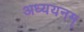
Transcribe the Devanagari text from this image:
अध्ययनम्